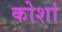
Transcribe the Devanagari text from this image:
कोशां